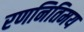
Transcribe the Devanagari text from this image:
रणनितिमय